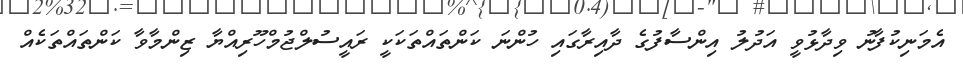
އެމަނިކުފާނު ވިދާޅުވީ އަދުލު އިންސާފުގެ ދާއިރާގައި ހުންނަ ކަންތައްތަކަކީ ރައީސުލްޖުމްހޫރިއްޔާ ޒިންމާވާ ކަންތައްތަކެއް